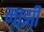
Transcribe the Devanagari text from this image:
माझीं